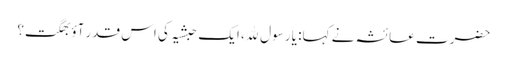
حضرت عائشہ نے کہا: یا رسول ﷲ، ایک حبشیہ کی اس قدر آؤبھگت؟